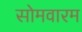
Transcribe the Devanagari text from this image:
सोमवारम